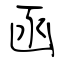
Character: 函